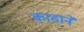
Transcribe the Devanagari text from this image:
काडाने